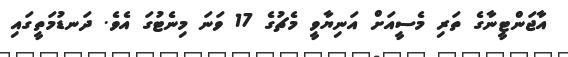
އާޖަންޓީނާގެ ތަރި މެސީއަށް އަނިޔާވީ މެޗުގެ 17 ވަނަ މިނެޓުގަ އެވެ. ދަނޑުމަތީގައި